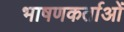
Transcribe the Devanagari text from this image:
भाषणकर्ताओं